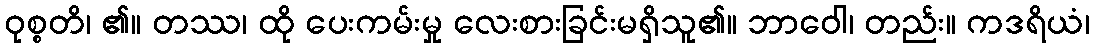
ဝုစ္စတိ၊ ၏။ တဿ၊ ထို ပေးကမ်းမှု လေးစားခြင်းမရှိသူ၏။ ဘာဝေါ၊ တည်း။ ကဒရိယံ၊